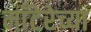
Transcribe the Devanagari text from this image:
माँटेरेच्या